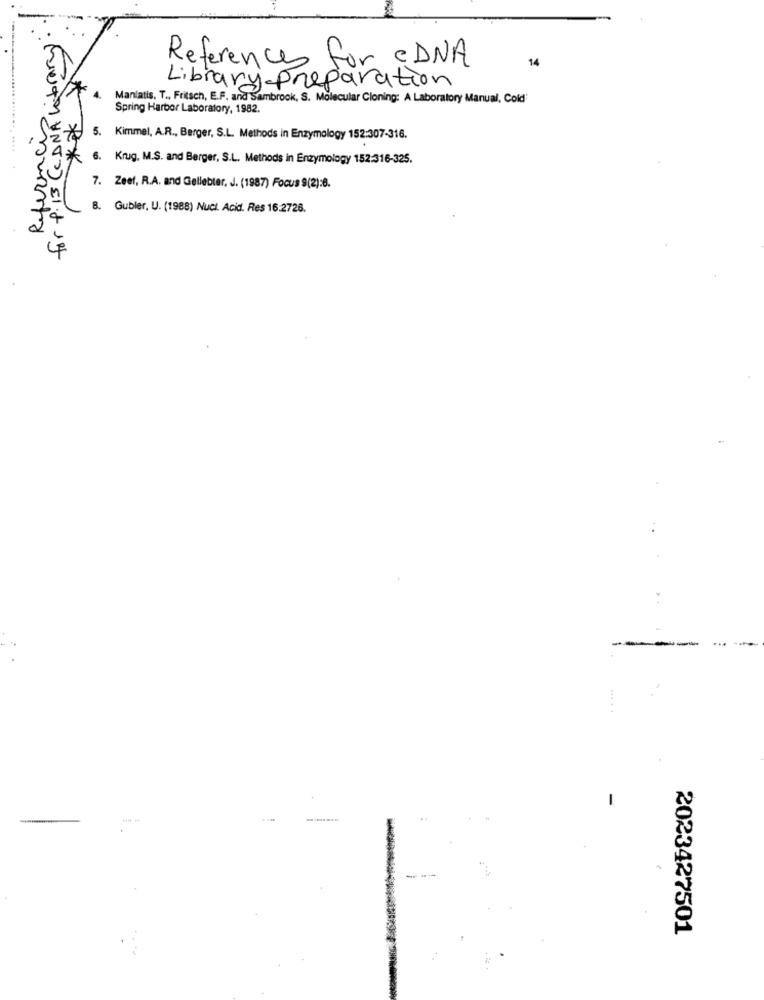
for 1.13 CCDNA laborare
References for EDNA
14
Library Preparation
Manlatis, T ., Fritsch, E.F. and Sambrook, S. Molecular Cloning: A Laboratory Manual, Cold'
Spring Harbor Laboratory, 1982.
Reference
5. Kimmel, A.R ., Berger, S.L. Methods in Enzymology 152:307-316.
* 6. Krug. M.S. and Berger, S.L. Methods in Enzymology 152:316-325.
**
7. Zeel, R.A. and Geliebter, J. (1987) Focus 9(2):6.
8. Gubler, U. (1988) Nuci. Acid. Res 16:2726.
--
2023427501